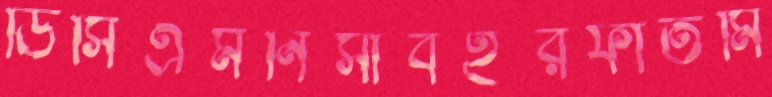
ডিসিএমনিসাবইরফাতমি